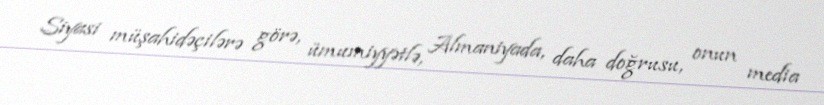
Siyasi müşahidəçilərə görə, ümumiyyətlə, Almaniyada, daha doğrusu, onun media